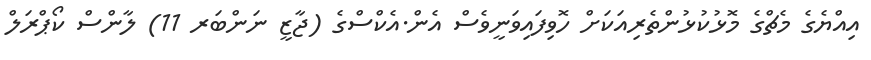
އިއްޔެގެ މެޗްގެ މޮޅުކުޅުންތެރިއަކަށް ހޮވިފައިވަނީވެސް އެން.އެކްސްގެ (ޖާޒީ ނަންބަރ 11) ލާންސް ކޯޕްރަލް